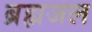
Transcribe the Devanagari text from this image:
ब्रह्मजल